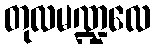
တုလမဏ္ဍလေ